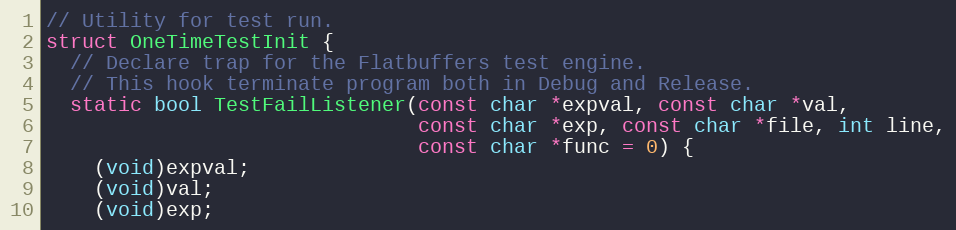
Language: C
// Utility for test run.
struct OneTimeTestInit {
  // Declare trap for the Flatbuffers test engine.
  // This hook terminate program both in Debug and Release.
  static bool TestFailListener(const char *expval, const char *val,
                               const char *exp, const char *file, int line,
                               const char *func = 0) {
    (void)expval;
    (void)val;
    (void)exp;